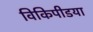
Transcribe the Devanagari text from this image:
विकिपीडया